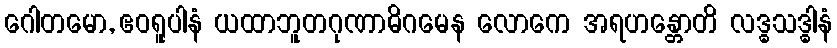
ဂေါတမော, ဧဝရူပါနံ ယထာဘူတဂုဏာဓိဂမေန လောကေ အရဟန္တောတိ လဒ္ဓသဒ္ဓါနံ